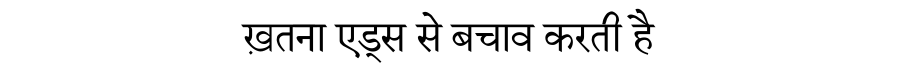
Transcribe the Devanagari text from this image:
ख़तना एड्स से बचाव करती है